Document type: Grant
Year: 1232
Scribe: Berenguer de Clos
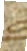
Sig